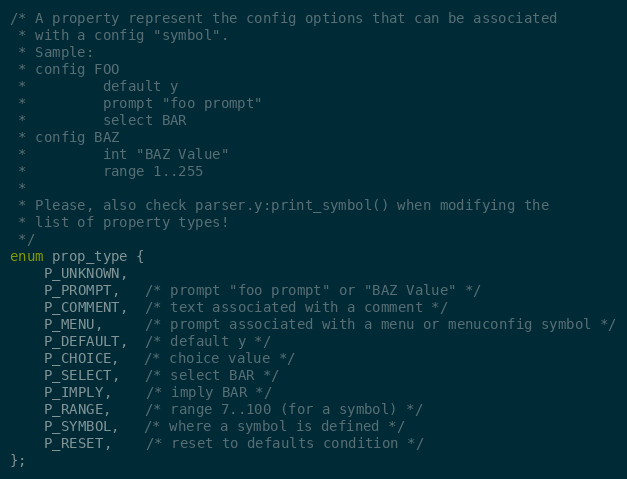
Language: C
/* A property represent the config options that can be associated
 * with a config "symbol".
 * Sample:
 * config FOO
 *         default y
 *         prompt "foo prompt"
 *         select BAR
 * config BAZ
 *         int "BAZ Value"
 *         range 1..255
 *
 * Please, also check parser.y:print_symbol() when modifying the
 * list of property types!
 */
enum prop_type {
	P_UNKNOWN,
	P_PROMPT,   /* prompt "foo prompt" or "BAZ Value" */
	P_COMMENT,  /* text associated with a comment */
	P_MENU,     /* prompt associated with a menu or menuconfig symbol */
	P_DEFAULT,  /* default y */
	P_CHOICE,   /* choice value */
	P_SELECT,   /* select BAR */
	P_IMPLY,    /* imply BAR */
	P_RANGE,    /* range 7..100 (for a symbol) */
	P_SYMBOL,   /* where a symbol is defined */
	P_RESET,	/* reset to defaults condition */
};